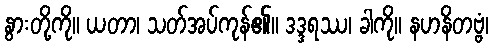
နွားတို့ကို။ ယတာ၊ သတ်အပ်ကုန်၏။ ဒဒ္ဒရဿ၊ ခါကို။ နဟနိတဗ္ဗံ၊